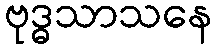
ဗုဒ္ဓသာသနေ